Indian journal of veterinary science and animal husbandry - Volume 3,
Year: 1933
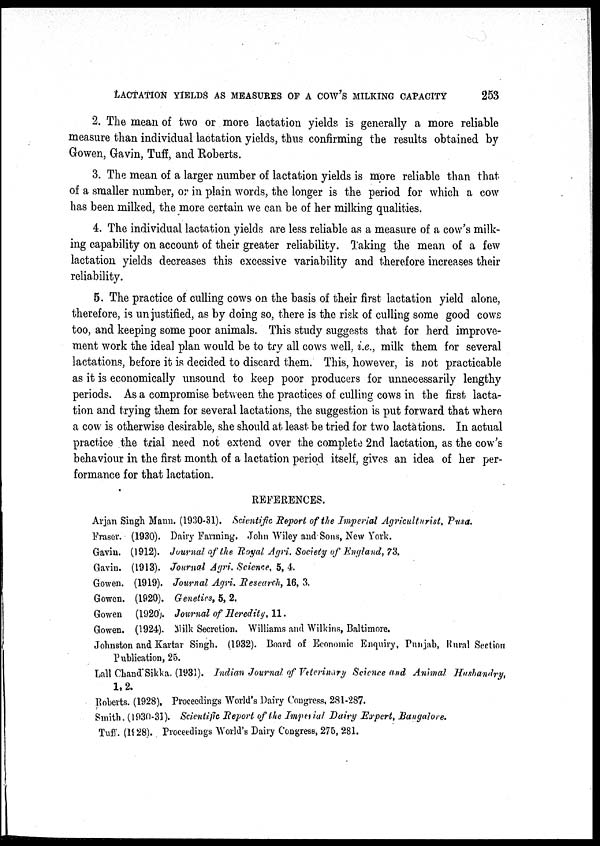
LACTATION YIELDS AS MEASURES OF A COW'S MILKING CAPACITY
253
2. The mean of two or more lactation yields is generally a more reliable
measure than individual lactation yields, thus confirming the results obtained by
Gowen, Gavin, Tuff, and Roberts.
3. The mean of a larger number of lactation yields is more reliable than that
of a smaller number, or in plain words, the longer is the period for which a cow
has been milked, the more certain we can be of her milking qualities.
4. The individual lactation yields are less reliable as a measure of a cow's milk-
ing capability on account of their greater reliability. Taking the mean of a few
lactation yields decreases this excessive variability and therefore increases their
reliability.
5. The practice of culling cows on the basis of their first lactation yield alone,
therefore, is unjustified, as by doing so, there is the risk of culling some good cows
too, and keeping some poor animals. This study suggests that for herd improve-
ment work the ideal plan would be to try all cows well, i.e., milk them for several
lactations, before it is decided to discard them. This, however, is not practicable
as it is economically unsound to keep poor producers for unnecessarily lengthy
periods. As a compromise between the practices of culling cows in the first lacta-
tion and trying them for several lactations, the suggestion is put forward that where
a cow is otherwise desirable, she should at least be tried for two lactations. In actual
practice the trial need not extend over the complete 2nd lactation, as the cow's
behaviour in the first month of a lactation period itself, gives an idea of her per-
formance for that lactation.
REFERENCES.
Arjan Singh Mann. (1930-31). Scientific Report of the Imperial Agriculturist, Pusa.
Eraser.
Gavin.
Gavin.
Gowen.
Gowen.
Gowen
Gowen.
(1930).
(1912).
(1913).
(1919).
(1920).
(1920).
(1924).
Daily Farming. John Wiley and Sons, New York.
Journal of the Royal Agri. Society of England, 73.
Journal Agri. Science, 5, 4.
Journal Agri. Research, 16, 3.
Genetics, 5, 2.
Journal of Heredity, 11.
Milk Secretion. Williams and Wilkins, Baltimore.
Johnston and Kartar Singh. (1932). Board of Economic Enquiry, Punjab, Rural Section
Publication, 25.
Lall Chand Sikka. (1931). Indian Journal of Veterinary Science and Animal Husbandry,
1,2.
Roberts. (1928), Proceedings World's Dairy Congress, 281-287.
Smith. (1930-31). Scientific Report of the Imperial Dairy Expert, Bangalore.
Tuff. (1928). Proceedings World's Dairy Congress, 275, 281.